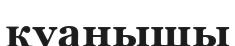
қуанышы